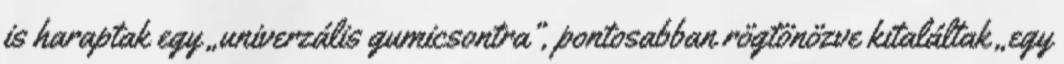
is haraptak egy „univerzális gumi­csontra”, pontosabban rögtönözve kitaláltak „egy